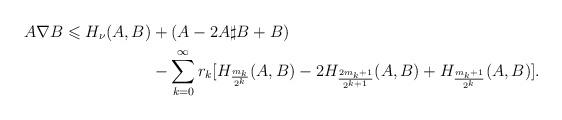
LaTeX: \begin{align*} A \nabla B \leqslant H_{\nu}(A, B) &+(A-2A \sharp B + B ) \\ &-\sum_{k=0}^{\infty}r_{k} [ H_{\frac{m_k}{2^k}}(A,B) -2H_{\frac{2m_k+1 }{2^{k+1}}}(A,B) + H_{{\frac{m_k+1}{2^k}}}(A,B)].\end{align*}